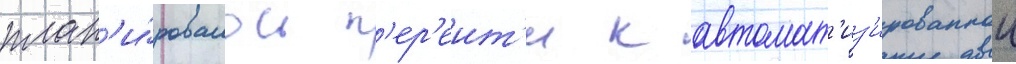
план'и́ровалось п'ер'еит'и к автомат'из'ированнои